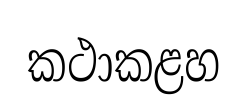
කථාකළහ